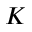
K